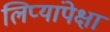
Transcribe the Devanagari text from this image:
लिप्यांपेक्षा